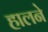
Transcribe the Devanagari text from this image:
हालने